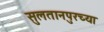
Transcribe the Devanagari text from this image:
सुलतानपुरच्या